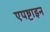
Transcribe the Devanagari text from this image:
एपष्टाइन